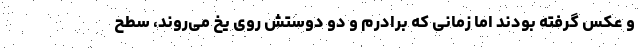
و عکس گرفته بودند اما زمانی که برادرم و دو دوستش روی یخ می‌روند، سطح